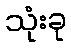
သုံးခု